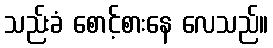
သည်းခံ စောင့်စားနေ လေသည်။